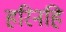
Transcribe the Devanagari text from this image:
हरिनहि